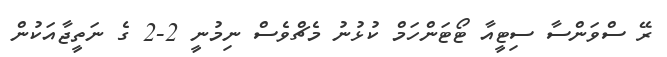
ރޭ ސްވަންސާ ސިޓީއާ ޓޯޓަންހަމް ކުޅުނު މެޗްވެސް ނިމުނީ 2-2 ގެ ނަތީޖާއަކުން